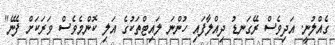
ގެއްލުނީ. އަދިވެސް ރޭގަނޑު ދިއްލާފައި ހުންނަ ލައިޓްތަކުގެ އަލި ކޮންމެވެސް ވަރަކަށް ފެނޭ"